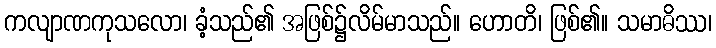
ကလျာဏကုသလော၊ ခံ့သည်၏ အဖြစ်၌လိမ်မာသည်။ ဟောတိ၊ ဖြစ်၏။ သမာဓိဿ၊